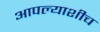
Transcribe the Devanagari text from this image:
आपल्याशीच